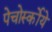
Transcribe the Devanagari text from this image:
पेचोर्स्कोये